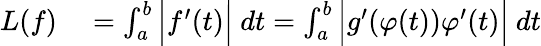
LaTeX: \begin{array}{rl}{L(f)}&{{}=\int_{a}^{b}{\Big|}f^{\prime}(t){\Big|}\ dt=\int_{a}^{b}{\Big|}g^{\prime}(\varphi(t))\varphi^{\prime}(t){\Big|}\ dt}\end{array}